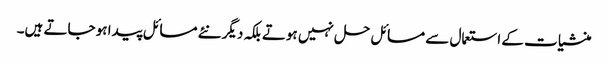
منشیات کے استعمال سے مسائل حل نہیں ہوتے بلکہ دیگر نئے مسائل پیدا ہو جاتے ہیں۔